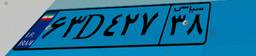
۳۴D۴۱۴۷۰